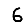
Digit: 6